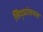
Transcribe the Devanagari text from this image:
सिद्धांतभत